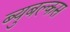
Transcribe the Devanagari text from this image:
ब्युबल्कस